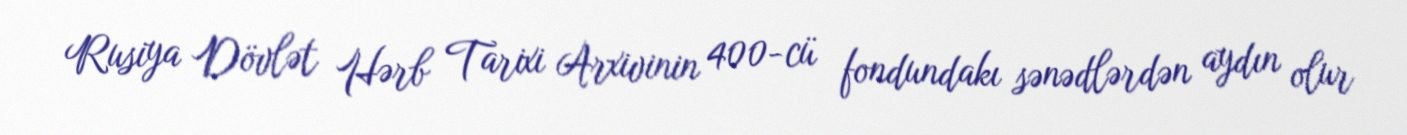
Rusiya Dövlət Hərb Tarixi Arxivinin 400-cü fondundakı sənədlərdən aydın olur